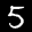
Label: 5